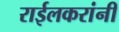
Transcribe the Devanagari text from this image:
राईलकरांनी